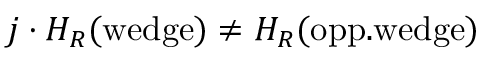
j \cdot { \cal H } _ { R } ( \mathrm { w e d g e } ) \not = { \cal H } _ { R } ( \mathrm { o p p . w e d g e } )